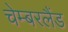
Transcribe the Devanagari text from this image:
चेम्बरलैंड